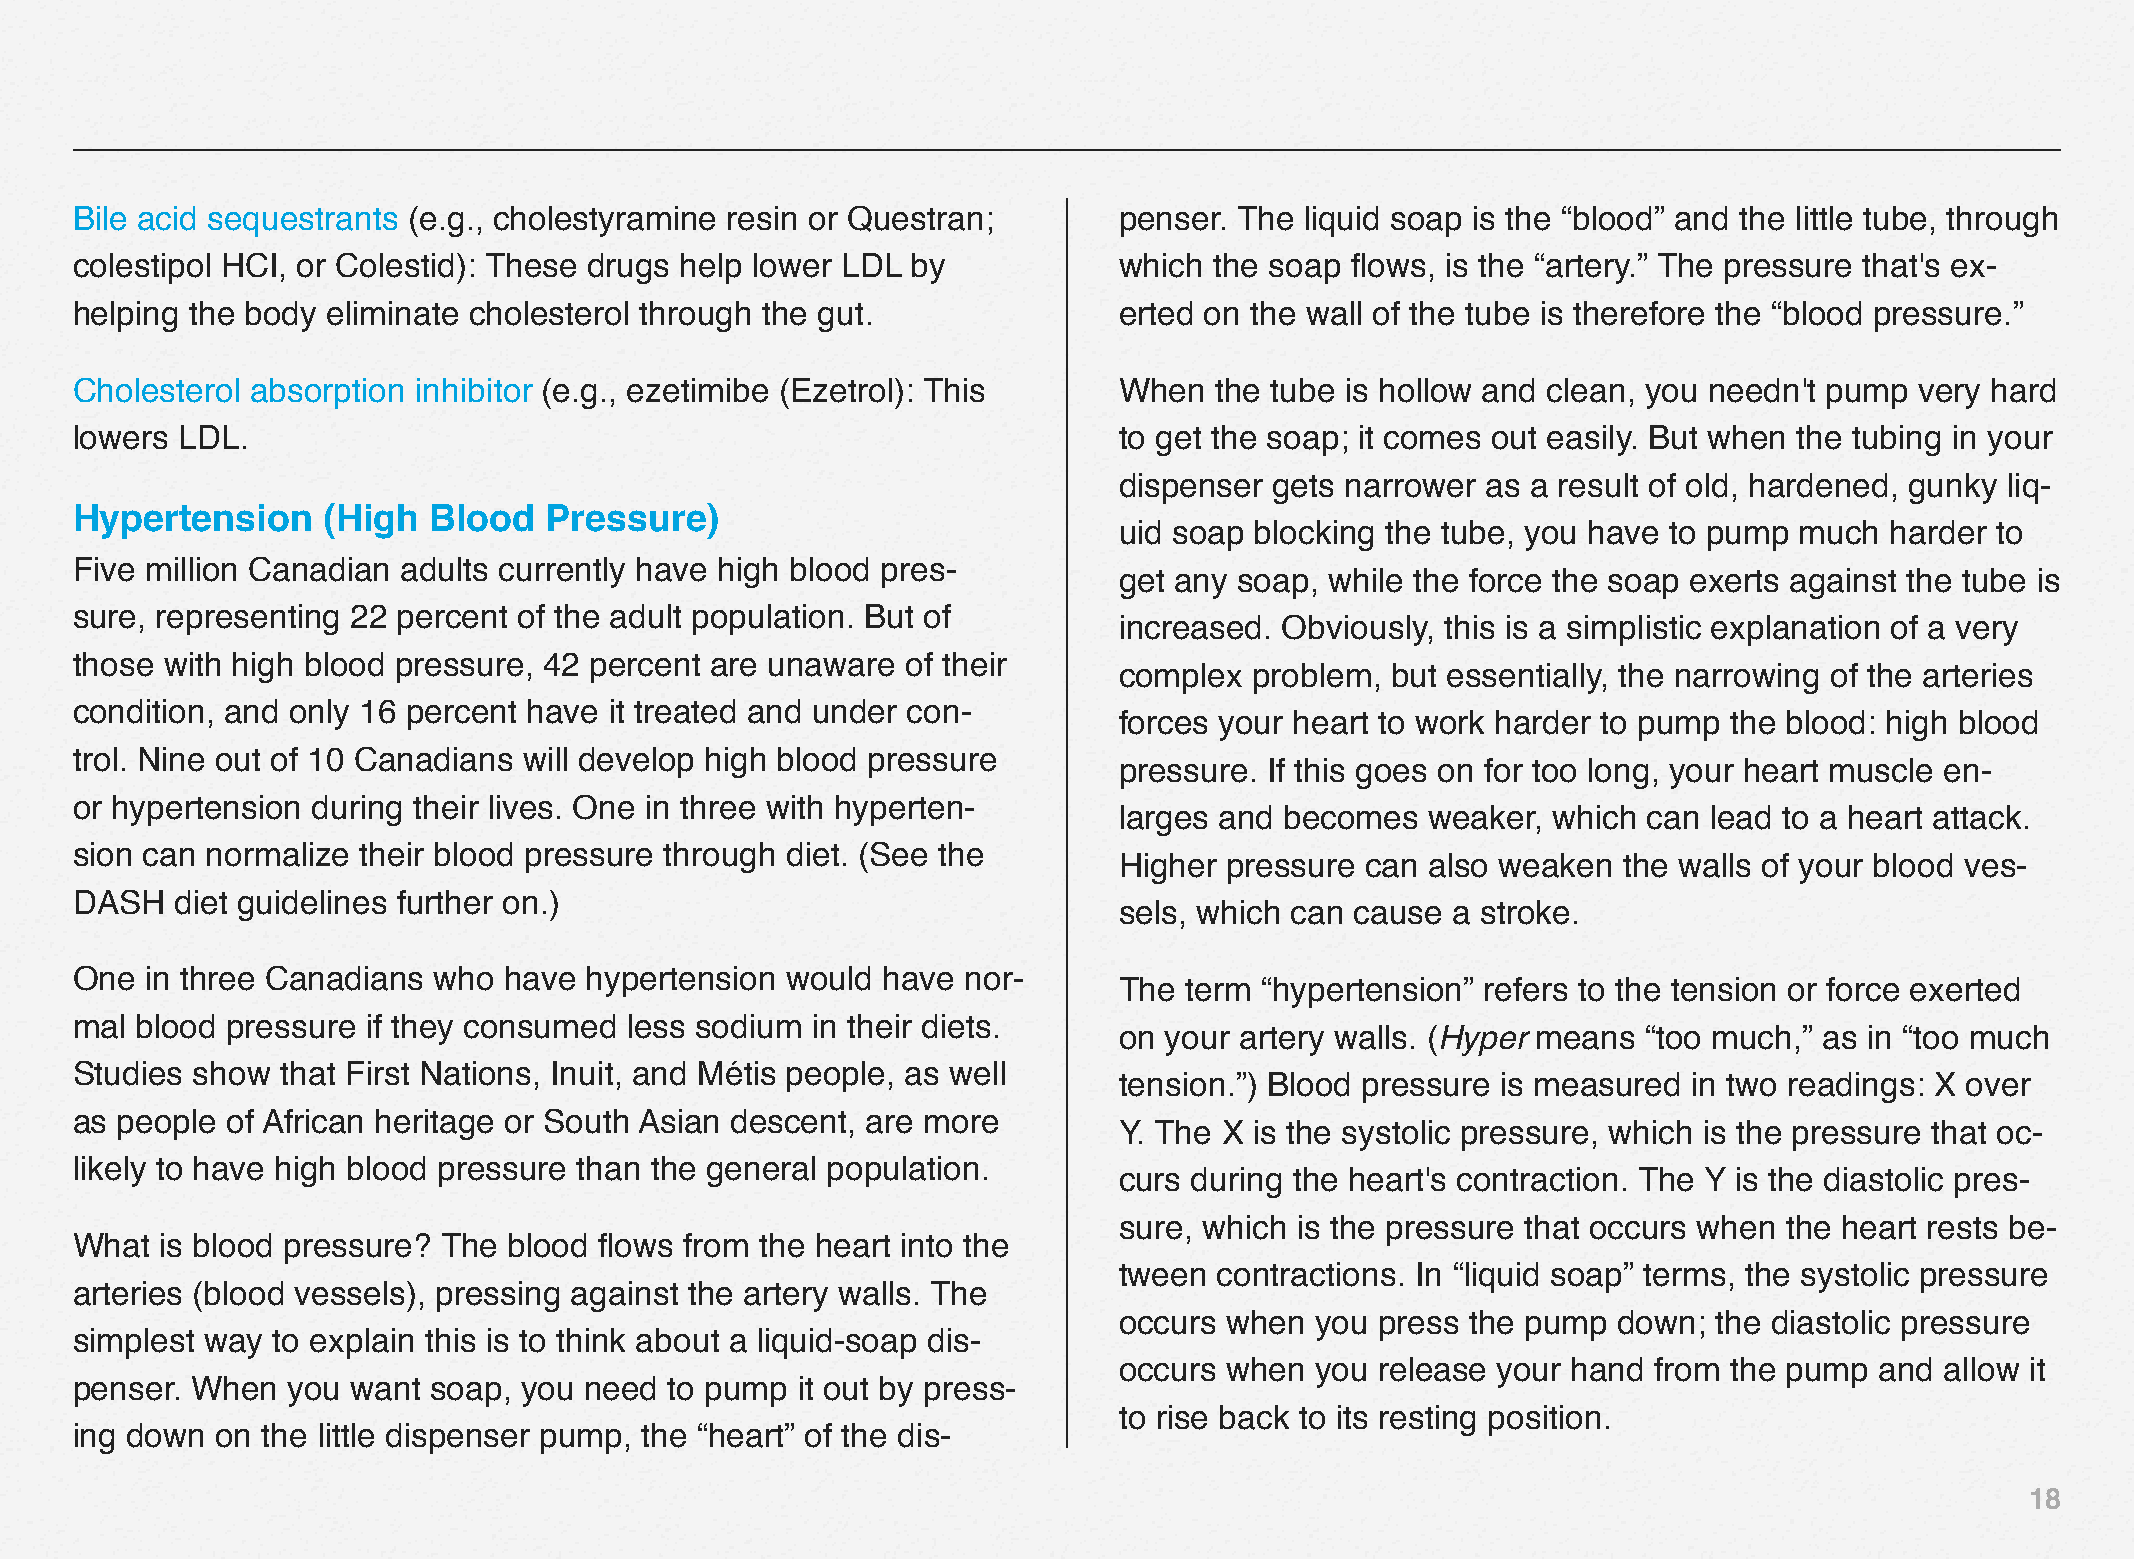
Bile acid sequestrants (e.g., cholestyramine resin or Questran;      penser. The liquid soap is the “blood” and the little tube, through
 colestipol HCI, or Colestid): These drugs help lower LDL by          which the soap flows, is the “artery.” The pressure that's ex-
 helping the body eliminate cholesterol through the gut.              erted on the wall of the tube is therefore the “blood pressure.”
 Cholesterol absorption inhibitor (e.g., ezetimibe (Ezetrol): This    When  the tube is hollow and clean, you needn't pump very hard
 lowers LDL.                                                          to get the soap; it comes out easily. But when the tubing in your
 dispenser gets narrower as a result of old, hardened, gunky liq-
 Hypertension    (High  Blood   Pressure)
 uid soap blocking the tube, you have to pump much  harder to
 Five million Canadian adults currently have high blood pres-
 get any soap, while the force the soap exerts against the tube is
 sure, representing 22 percent of the adult population. But of
 increased. Obviously, this is a simplistic explanation of a very
 those with high blood pressure, 42 percent are unaware of their
 complex  problem, but essentially, the narrowing of the arteries
 condition, and only 16 percent have it treated and under con-
 forces your heart to work harder to pump the blood: high blood
 trol. Nine out of 10 Canadians will develop high blood pressure
 pressure. If this goes on for too long, your heart muscle en-
 or hypertension during their lives. One in three with hyperten-
 larges and becomes   weaker, which can lead to a heart attack.
 sion can normalize their blood pressure through diet. (See the
 Higher pressure can  also weaken the walls of your blood ves-
 DASH   diet guidelines further on.)
 sels, which can cause a stroke.
 One  in three Canadians who have  hypertension would have  nor-
 The term  “hypertension” refers to the tension or force exerted
 mal blood pressure if they consumed  less sodium in their diets.
 on your artery walls. (Hyper means “too much,” as in “too much
 Studies show  that First Nations, Inuit, and Métis people, as well
 tension.”) Blood pressure is measured in two readings: X over
 as people of African heritage or South Asian descent, are more
 Y. The X is the systolic pressure, which is the pressure that oc-
 likely to have high blood pressure than the general population.
 curs during the heart's contraction. The Y is the diastolic pres-
 sure, which is the pressure that occurs when the heart rests be-
 What  is blood pressure? The blood flows from the heart into the
 tween  contractions. In “liquid soap” terms, the systolic pressure
 arteries (blood vessels), pressing against the artery walls. The
 occurs when  you press the pump  down;  the diastolic pressure
 simplest way to explain this is to think about a liquid-soap dis-
 occurs when  you release your hand  from the pump and  allow it
 penser. When  you want  soap, you need to pump  it out by press-
 to rise back to its resting position.
 ing down on the little dispenser pump, the “heart” of the dis-
 18